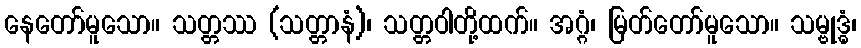
နေတော်မူသော။ သတ္တဿ (သတ္တာနံ)၊ သတ္တဝါတို့ထက်။ အဂ္ဂံ၊ မြတ်တော်မူသော။ သမ္ဗုဒ္ဓံ၊